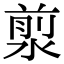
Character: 𣹅